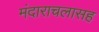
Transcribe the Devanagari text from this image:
मंदाराचलासह